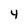
Character: 4